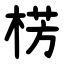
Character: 㭶